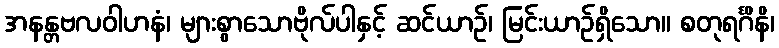
အနန္တဗလဝါဟနံ၊ များစွာသောဗိုလ်ပါနှင့် ဆင်ယာဉ်၊ မြင်းယာဉ်ရှိသော။ စတုရင်္ဂိနိ၊